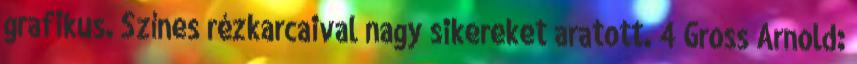
grafikus. Színes rézkarcaival nagy sikereket aratott. 4 Gross Arnold: